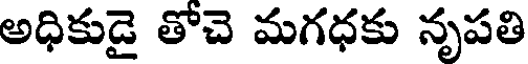
అధికుడై తోచె మగధకు నృపతి